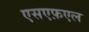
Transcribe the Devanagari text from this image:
एसएफ़एल